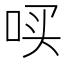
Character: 𪡃